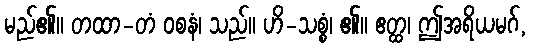
မည်၏။ တထာ-တံ ဝစနံ၊ သည်။ ဟိ-သစ္စံ၊ ၏။ ဧတ္ထ၊ ဤအရိယမဂ်,